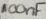
Text: 100nF